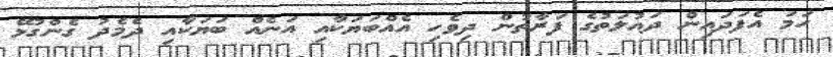
ހަމަ އެފަދައިން ދައުލަތުގެ ފަރާތުން ދިވެހި އެއްބަޔަކާއި އަނެއް ބަޔަކާއި ދެމެދު ގެންގުޅޭ